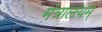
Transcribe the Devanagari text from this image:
मंत्रालयम्